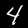
Digit: 4